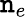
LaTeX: \mathtt{n}_{e}